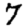
Digit: 7